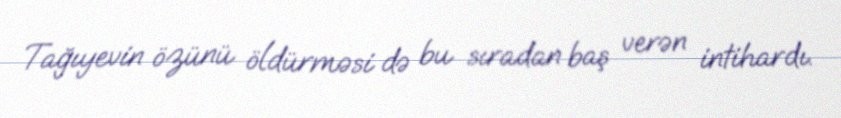
Tağıyevin özünü öldürməsi də bu sıradan baş verən intihardı.